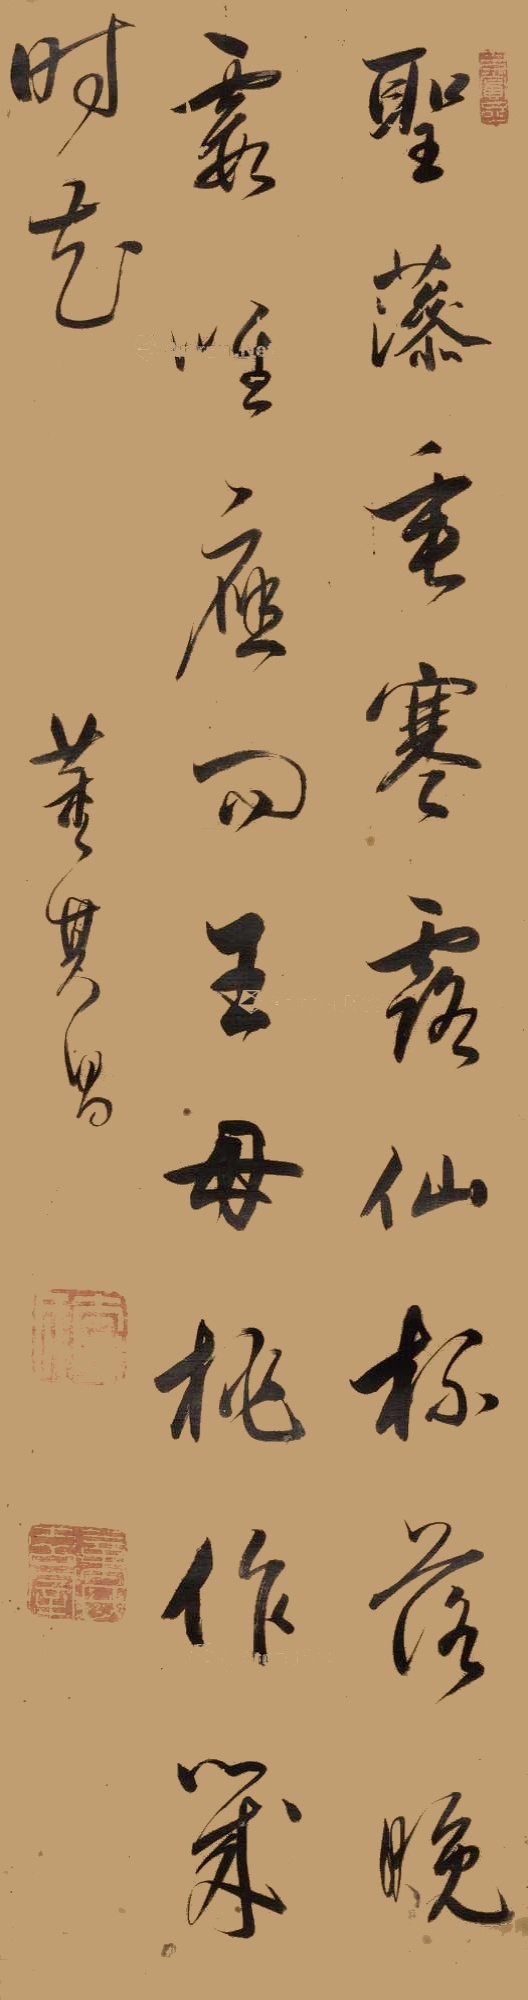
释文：圣藻垂寒露，仙杯落晚霞，唯应问王母，桃作几时花。董其昌。